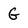
Character: G